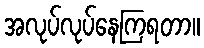
အလုပ်လုပ်နေကြရတာ။